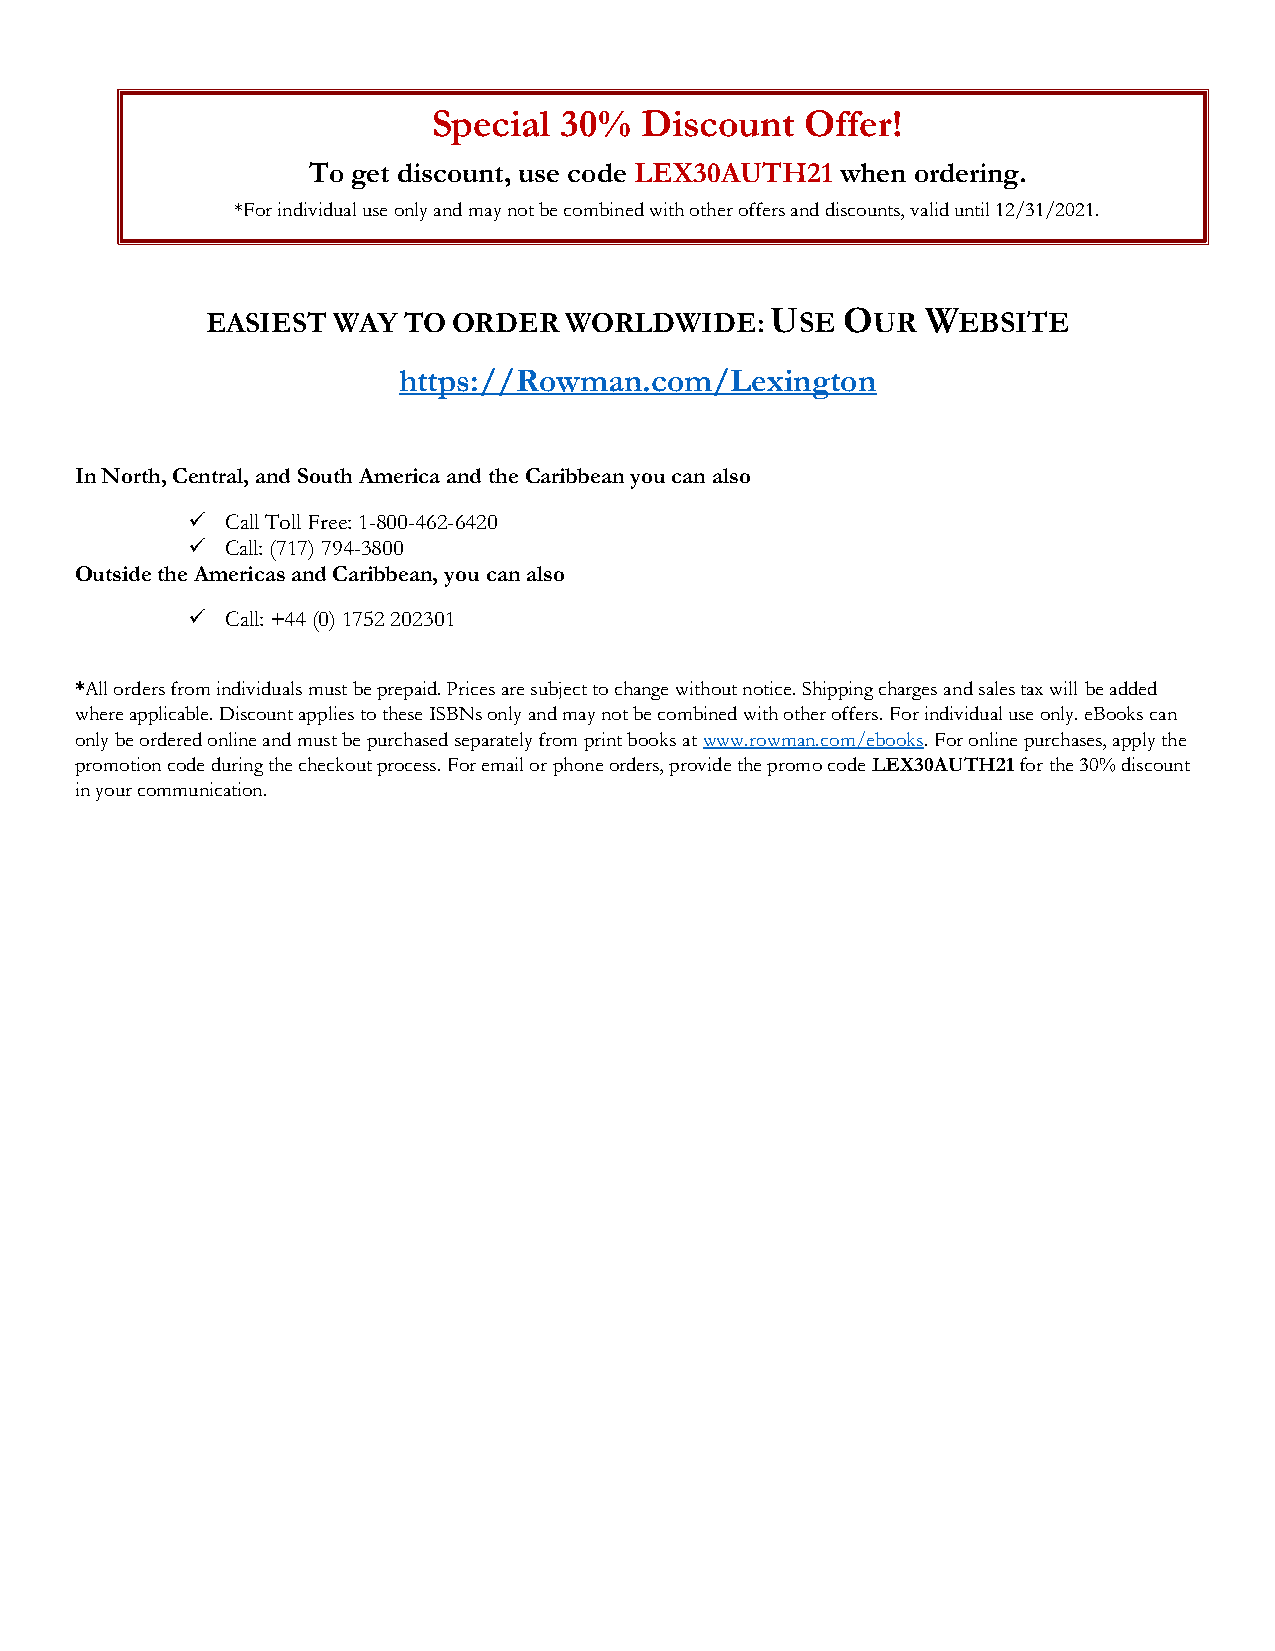
Special 30%  Discount   Offer!
 To get discount, use code LEX30AUTH21 when ordering.
 *For individual use only and may not be combined with other offers and discounts, valid until 12/31/2021.
 EASIEST WAY  TO ORDER  WORLDWIDE:    USE  OUR  WEBSITE
 https://Rowman.com/Lexington
 In North, Central, and South America and the Caribbean you can also
 ✓  Call Toll Free: 1-800-462-6420
 ✓  Call: (717) 794-3800
 Outside the Americas and Caribbean, you can also
 ✓  Call: +44 (0) 1752 202301
 *All orders from individuals must be prepaid. Prices are subject to change without notice. Shipping charges and sales tax will be added
 where applicable. Discount applies to these ISBNs only and may not be combined with other offers. For individual use only. eBooks can
 only be ordered online and must be purchased separately from print books at www.rowman.com/ebooks. For online purchases, apply the
 promotion code during the checkout process. For email or phone orders, provide the promo code LEX30AUTH21 for the 30% discount
 in your communication.